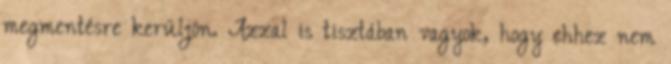
megmentésre kerüljön. Azzal is tisztában vagyok, hogy ehhez nem